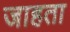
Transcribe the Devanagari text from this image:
जाहता